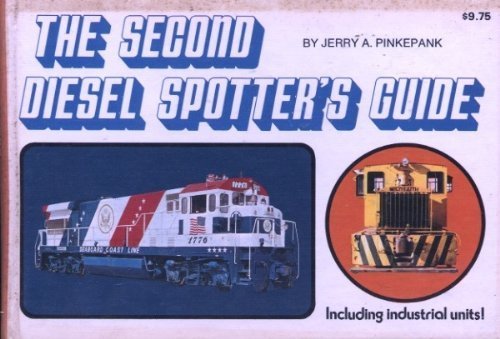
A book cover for The Second Diesel Spotter's Guide, Including Industrial Units; Jerry A. Pinkepank; Travel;